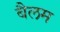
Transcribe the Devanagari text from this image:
बैलम